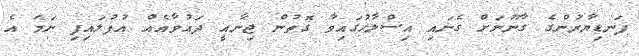
ފަނޑިޔާރުންގެ ގާނޫނަށް ގެނައި އިސްލާހުގައިވާ ގޮތުން ޖިނާއީ ދައުވާއެއް އުފުލައިފި ނަމަ އެ